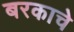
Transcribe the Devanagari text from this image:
बरकाचे